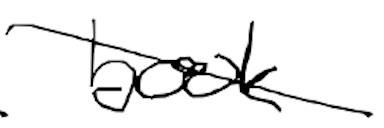
Text: book
Cross-out: diagonal
Writing tool: digital_black